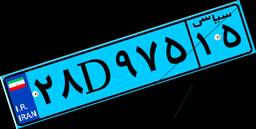
۸۰D۰۵۳۶۲